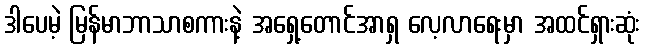
ဒါပေမဲ့ မြန်မာဘာသာစကားနဲ့ အရှေ့တောင်အာရှ လေ့လာရေးမှာ အထင်ရှားဆုံး